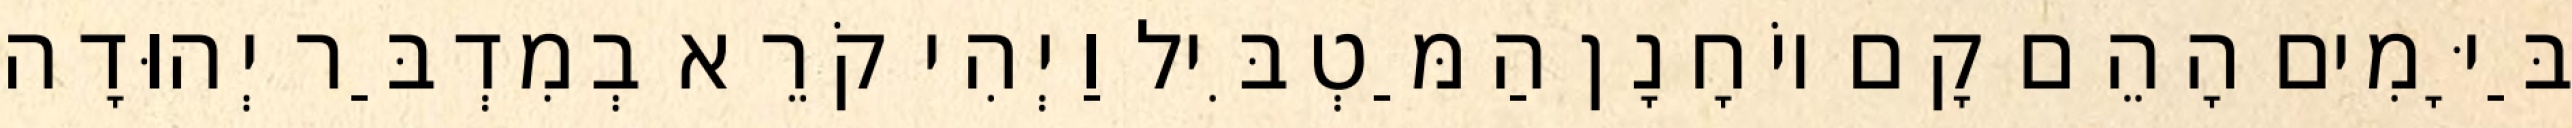
בַּיָּמִים הָהֵם קָם יוֹחָנָן הַמַּטְבִּיל וַיְהִי קֹרֵא בְמִדְבַּר יְהוּדָה